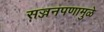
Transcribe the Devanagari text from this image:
सज्जनपणामुळे